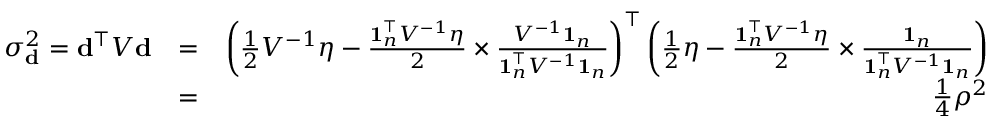
\begin{array} { r l r } { \sigma _ { { \bf d } } ^ { 2 } = { \bf d } ^ { \top } V { \bf d } } & { = } & { \left( \frac 1 2 V ^ { - 1 } \eta - \frac { { \bf 1 } _ { n } ^ { \top } V ^ { - 1 } \eta } { 2 } \times \frac { V ^ { - 1 } { \bf 1 } _ { n } } { { \bf 1 } _ { n } ^ { \top } V ^ { - 1 } { \bf 1 } _ { n } } \right) ^ { \top } \left( \frac 1 2 \eta - \frac { { \bf 1 } _ { n } ^ { \top } V ^ { - 1 } \eta } { 2 } \times \frac { { \bf 1 } _ { n } } { { \bf 1 } _ { n } ^ { \top } V ^ { - 1 } { \bf 1 } _ { n } } \right) } \\ & { = } & { \frac 1 4 \rho ^ { 2 } } \end{array}